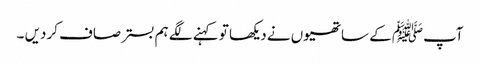
آپﷺ کے ساتھیوں نے دیکھا تو کہنے لگے ہم بسترصاف کردیں ۔